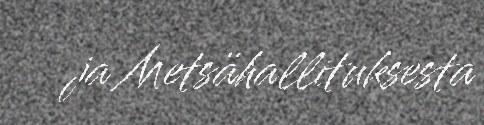
ja Metsähallituksesta